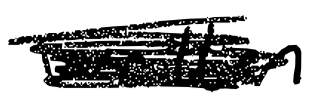
Text: written
Cross-out: scratch
Writing tool: digital_black